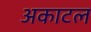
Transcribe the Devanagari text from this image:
अकाटल